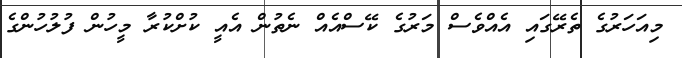
މިއަހަރުގެ ތެރޭގައި އެއްވެސް މަރުގެ ކޭސްއެއް ނެތުން އެއީ ކުށްކުރާ މީހުން ފުލުހުންގެ